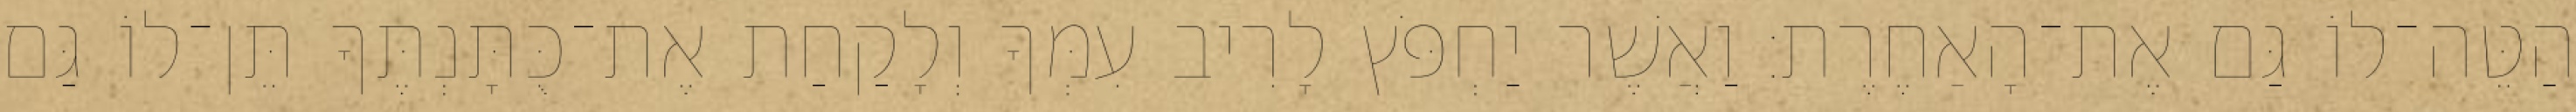
הַטֵּה־לוֹ גַּם אֶת־הָאַחֶרֶת׃ וַאֲשֶׁר יַחְפֹּץ לָרִיב עִמְּךָ וְלָקַחַת אֶת־כֻּתָּנְתֶּךָ תֵּן־לוֹ גַּם